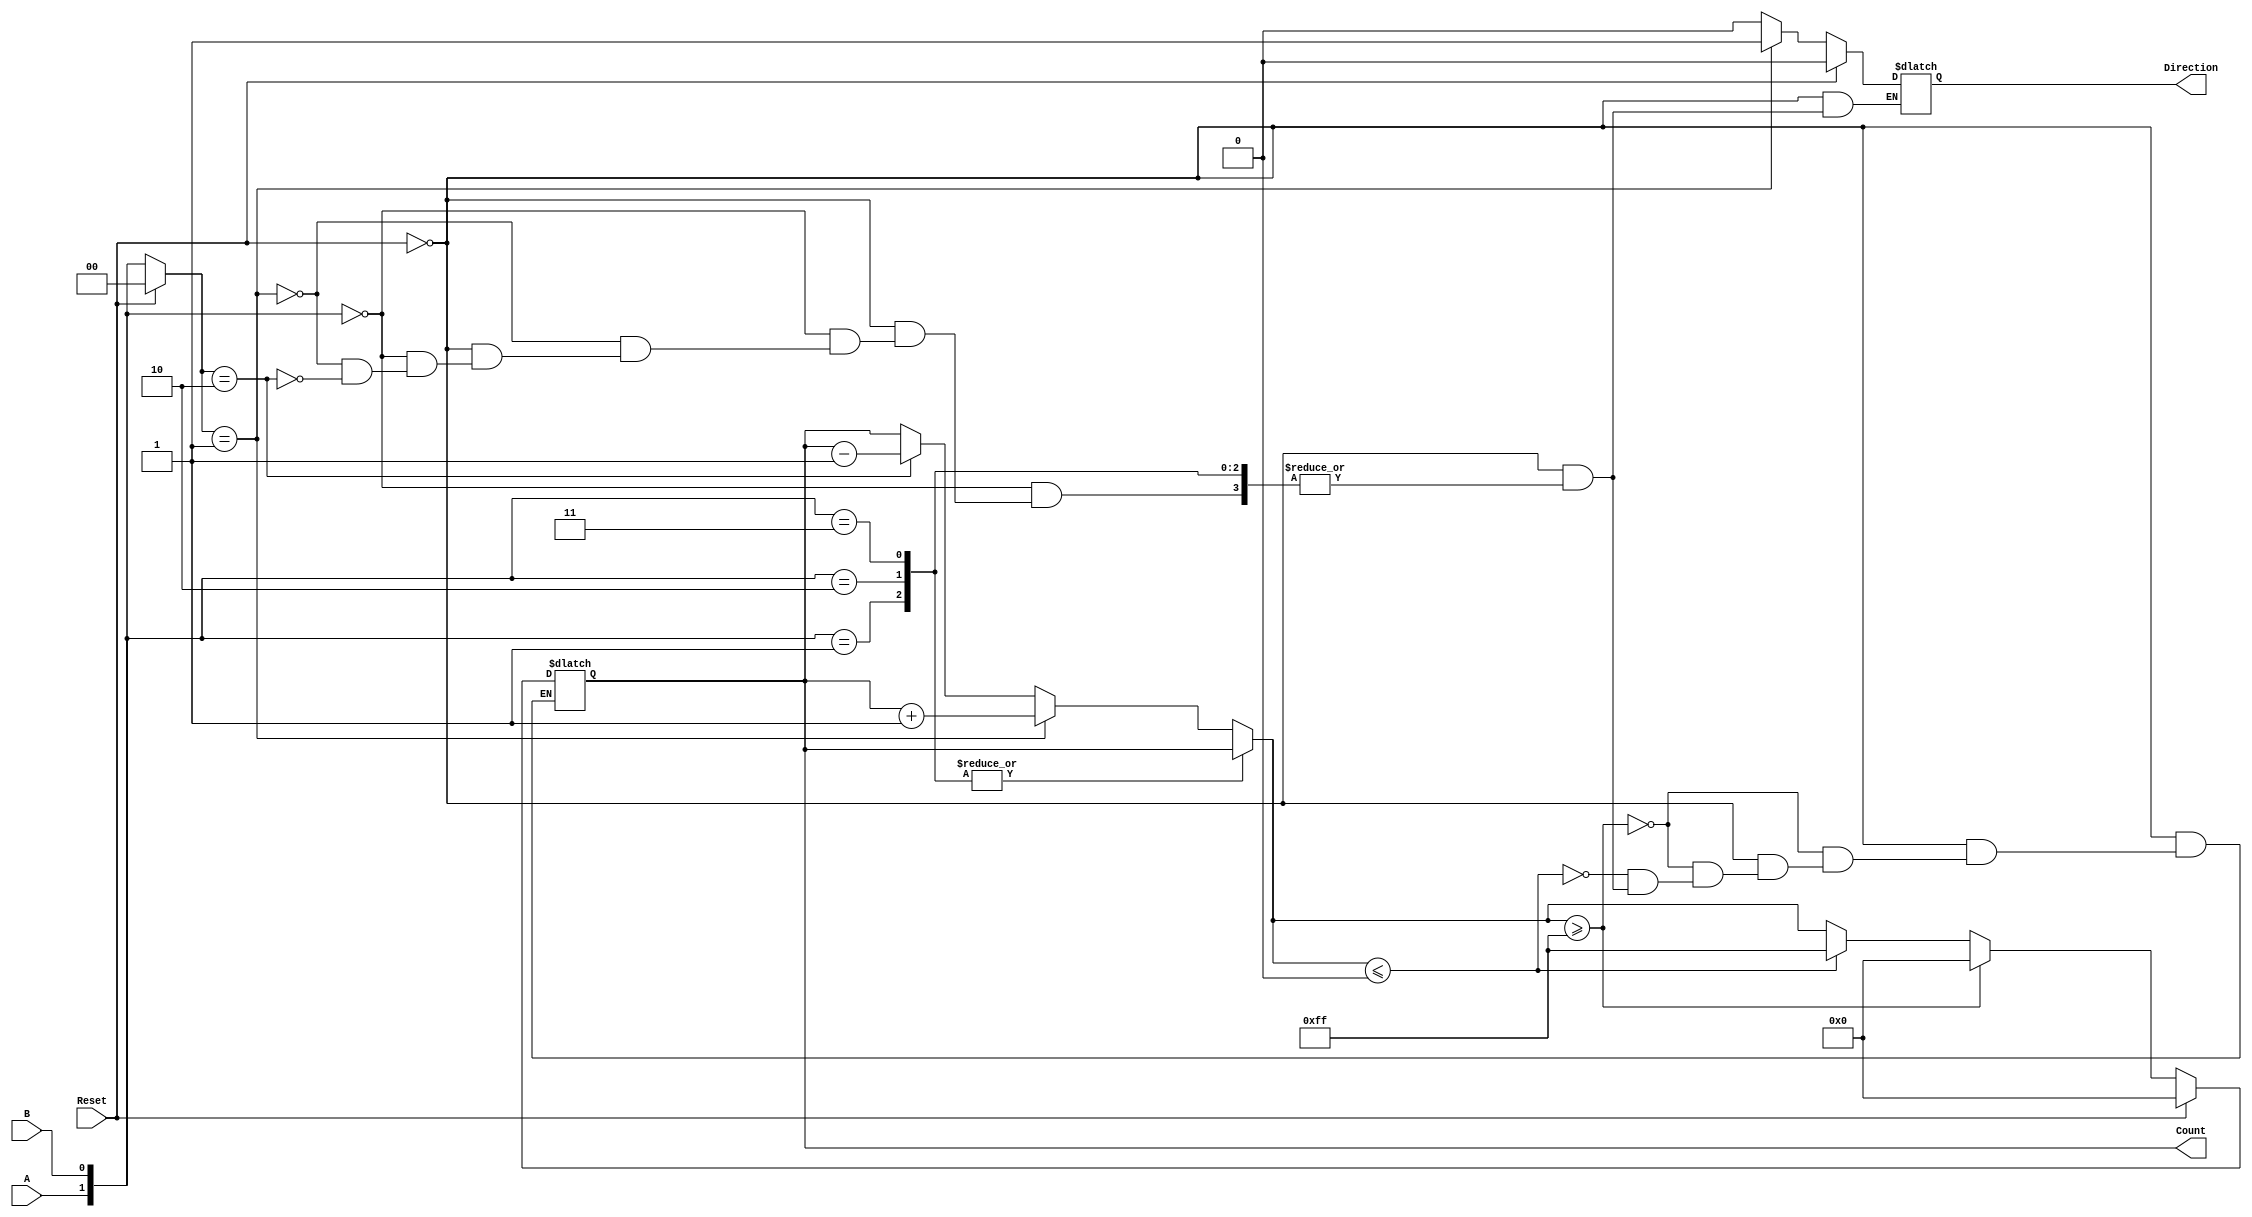
module rotary_encoder (
    input wire A,         // Signal from encoder output A
    input wire B,         // Signal from encoder output B
    input wire Reset,     // Reset signal
    output reg [7:0] Count, // 8-bit count for position
    output reg Direction   // Direction signal (1 for CW, 0 for CCW)
);

    // State variables
    reg [1:0] current_state;
    reg [1:0] previous_state;

    // State definition
    parameter STATE_00 = 2'b00;
    parameter STATE_01 = 2'b01;
    parameter STATE_10 = 2'b10;
    parameter STATE_11 = 2'b11;

    // Initial block for reset
    initial begin
        Count = 8'b0;
        Direction = 1'b0; // Default to clockwise
        current_state = STATE_00;
        previous_state = STATE_00;
    end

    // Combinational logic for state detection
    always @(*) begin
        if (Reset) begin
            Count = 8'b0;
            Direction = 1'b0; // Default to clockwise
            current_state = STATE_00;
            previous_state = STATE_00;
        end else begin
            // Update current state based on A and B
            current_state = {A, B};

            // Only change the count and direction on a valid state transition
            case (current_state)
                STATE_00: begin
                    if (previous_state == STATE_01) begin
                        Count = Count + 1; // CW increment
                        Direction = 1'b1; // CW
                    end else if (previous_state == STATE_10) begin
                        Count = Count - 1; // CCW decrement
                        Direction = 1'b0; // CCW
                    end
                end
                STATE_01: begin
                    if (previous_state == STATE_00) begin
                        // No count change
                    end
                end
                STATE_10: begin
                    if (previous_state == STATE_00) begin
                        // No count change
                    end
                end
                STATE_11: begin
                    // Valid state but no immediate transitions to count
                end
                default: begin
                    // Default case (should not occur)
                end
            endcase
            
            // Update previous state for the next cycle
            previous_state = current_state;

            // Handle count wrapping (assuming 8-bit count)
            if (Count >= 8'hFF) Count = 8'h00; // Wrap around to 0
            else if (Count <= 8'h00) Count = 8'hFF; // Wrap around to 255
        end
    end
endmodule